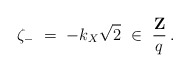
\begin{align*}\zeta_- \ =\ - k_X \sqrt{2} \ \in\ \frac{{\bf Z}}{q} \>.\end{align*}